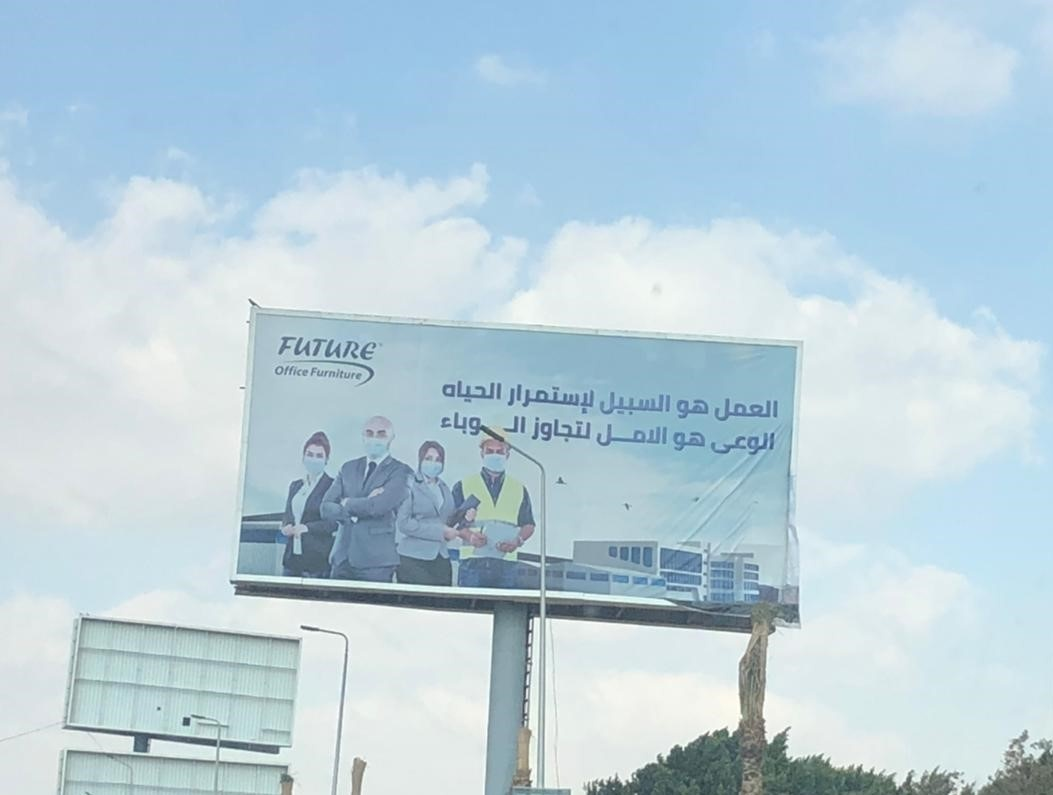
Text in image: الحياه لإستمرار السبيل العمل هو الوباء لتجاوز الامل هو الوعى FUTURE Office Furniture